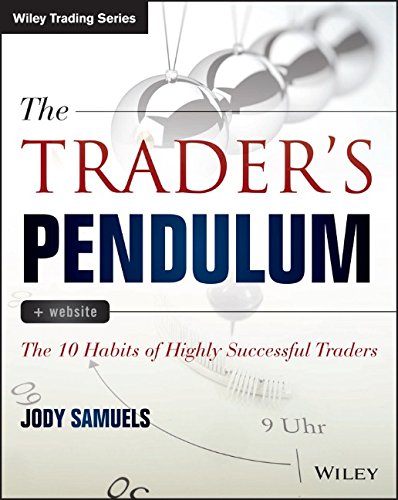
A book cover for The Trader's Pendulum: The 10 Habits of Highly Successful Traders (Wiley Trading); Jody Samuels; Business & Money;